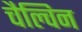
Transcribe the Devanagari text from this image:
चैल्विन